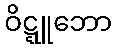
ဝိဋ္ဋူဘော